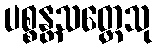
ပစ္စန္တသတ္တေသု